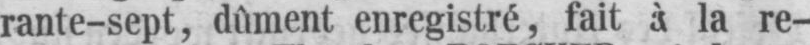
la re-